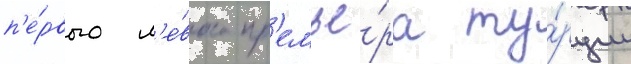
п'е́рвого л'е́вого пр'емье́ра ту́рции